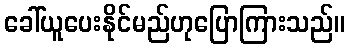
ခေါ်ယူပေးနိုင်မည်ဟုပြောကြားသည်။